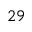
^ { 2 9 }